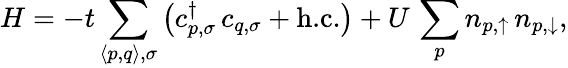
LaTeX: H=-t\sum_{\langle p,q\rangle,\sigma}\left(c_{p,\sigma}^{\dagger}\, c_{q,\sigma}+\textrm{h.c.}\right)+U\, \sum_{p}n_{p,\uparrow}\, n_{p,\downarrow},